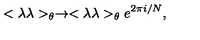
< \lambda \lambda > _ { \theta } \rightarrow < \lambda \lambda > _ { \theta } e ^ { 2 \pi i / N } ,